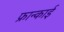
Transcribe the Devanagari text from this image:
फ्रान्काई